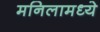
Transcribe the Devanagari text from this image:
मनिलामध्ये